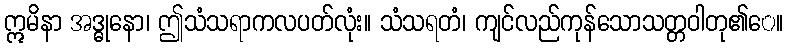
ဣမိနာ အဒ္ဓုနော၊ ဤသံသရာကလပတ်လုံး။ သံသရတံ၊ ကျင်လည်ကုန်သောသတ္တဝါတု၏ေ။